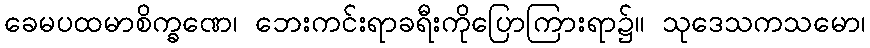
ခေမပထမာစိက္ခဏေ၊ ဘေးကင်းရာခရီးကိုပြောကြားရာ၌။ သုဒေသကသမော၊